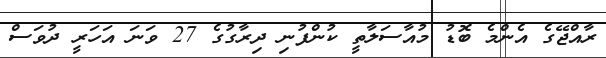
ރާއްޖޭގެ އެންމެ ބޮޑު މުއާސަލާތީ ކުންފުނި ދިރާގުގެ 27 ވަނަ އަހަރީ ދުވަސް